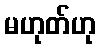
မဟုတ်ဟု